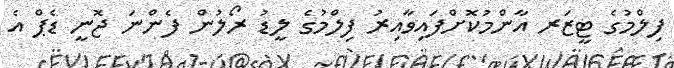
ފިލްމުގެ ޓީޒަރ އާންމުކޮށްފައިވާއިރު ފިލްމުގެ ލީޑު ރޯލުން ފެންނަ ޖޮނީ ޑެޕް އެ